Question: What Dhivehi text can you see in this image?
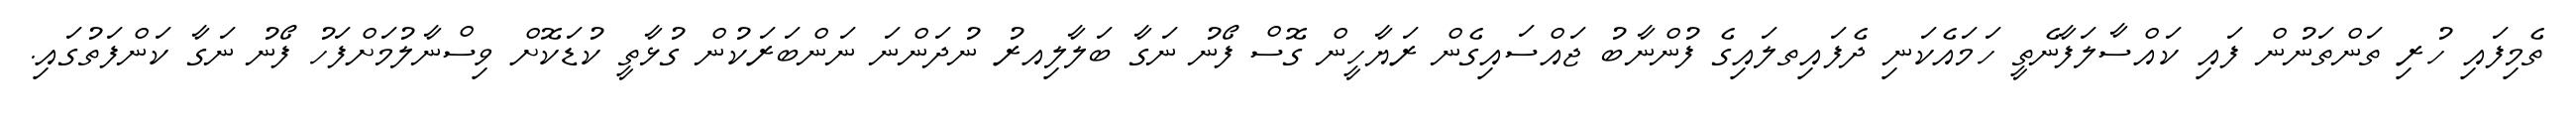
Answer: ތެމިފައި ހުރި ތަންތަނުން ފައި ކައްސާލަފާނެތީ ހަމައެކަނި ދެފައިތލައިގެ ފުންނާބު ޖައްސައިގެން ރަޔާހީން ގޮސް ފޯނު ނަގާ ބަލާލިއރު ނުދަންނަ ނަންބަރަކުން ގުޅާތީ ކުޑަކޮށް ވިސްނާލުމަށްފަހު ފޯނު ނަގާ ކަންފަތުގައި.